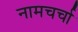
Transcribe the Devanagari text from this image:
नामचर्चा